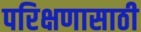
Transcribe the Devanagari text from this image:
परिक्षणासाठी